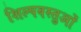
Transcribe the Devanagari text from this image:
शिल्पवस्तुओं